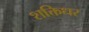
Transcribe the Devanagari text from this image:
शक्तिधर